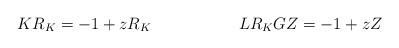
LaTeX: \begin{align*}KR_K&=-1+zR_K& LR_KGZ&=-1+zZ\end{align*}